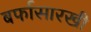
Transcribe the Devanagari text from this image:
बर्फासारखी